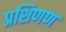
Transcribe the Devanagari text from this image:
प्रशिणण